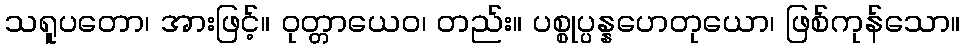
သရူပတော၊ အားဖြင့်။ ဝုတ္တာယေဝ၊ တည်း။ ပစ္စုပ္ပန္နဟေတုယော၊ ဖြစ်ကုန်သော။